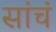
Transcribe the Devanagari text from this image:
सांचं